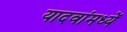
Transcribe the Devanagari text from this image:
यादवांमध्यें